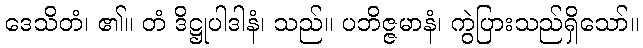
ဒေသိတံ၊ ၏။ တံ ဒိဋ္ဌုပါဒါနံ၊ သည်။ ပဘိဇ္ဇမာနံ၊ ကွဲပြားသည်ရှိသော်။